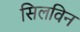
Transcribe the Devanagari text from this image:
सिलविन